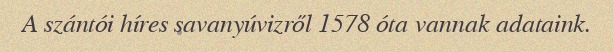
A szántói híres savanyúvizről 1578 óta vannak adataink.